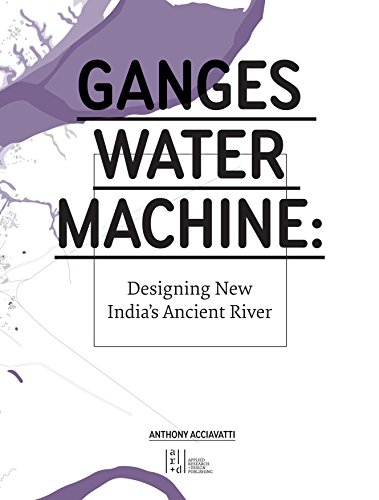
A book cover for Ganges Water Machine: Designing New India's Ancient River; Anthony Acciavatti; Arts & Photography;